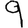
Digit: 9